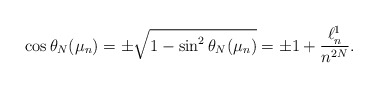
\begin{align*}\cos \theta_N(\mu_n)= \pm\sqrt{1-\sin^2\theta_N(\mu_n)}= \pm 1+ \frac{\ell^1_n}{n^{2N}}.\end{align*}